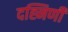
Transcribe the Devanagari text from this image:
दह्निणी